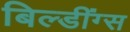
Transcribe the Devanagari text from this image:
बिल्डींग्स